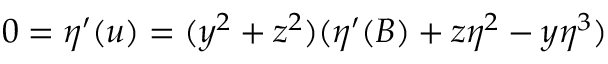
0 = \eta ^ { \prime } ( u ) = ( y ^ { 2 } + z ^ { 2 } ) ( \eta ^ { \prime } ( B ) + z \eta ^ { 2 } - y \eta ^ { 3 } )